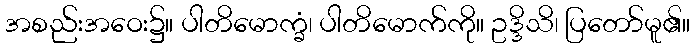
အစည်းအဝေး၌။ ပါတိမောက္ခံ၊ ပါတိမောက်ကို။ ဥဒ္ဒိသိ၊ ပြတော်မူ၏။